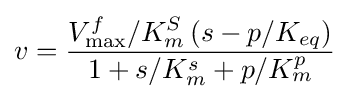
v={\frac {V_{\max }^{f}/K_{m}^{S}\left(s-p/K_{eq}\right)}{1+s/K_{m}^{s}+p/K_{m}^{p}}}